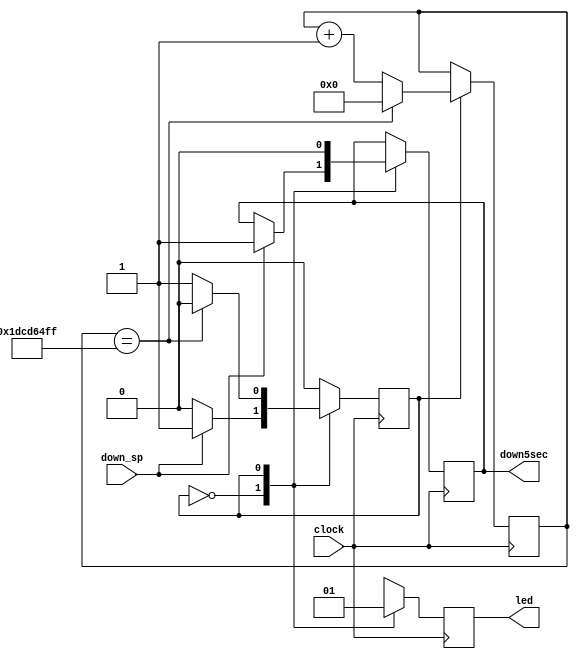
`timescale 1ns / 1ps
//////////////////////////////////////////////////////////////////////////////////
// Company: 
// Engineer: 
// 
// Design Name: 
// Module Name: fivesecs
// Project Name: 
// Target Devices: 
// Tool Versions: 
// Description: 
// 
// Dependencies: 
// 
// Revision:
// Revision 0.01 - File Created
// Additional Comments:
// 
//////////////////////////////////////////////////////////////////////////////////


module fivesecs(input clock, input down_sp, output reg down5sec,output reg led);
reg state = 0;
reg [31:0] counter = 0;


always @ (posedge clock)
begin
case (state)
0: begin
led<=0;
if (down_sp) begin
down5sec <= 1;
state <= 1; end
end
1: begin
led<=1;
down5sec <= 0;
counter <= counter +1;
if (counter == 500000000 - 1) begin
 state  <= 0;
 counter <= 0; end
 end
endcase  
end  
endmodule